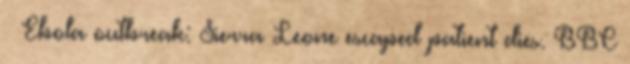
↑ Ebola outbreak: Sierra Leone escaped patient dies. BBC